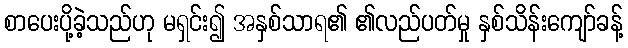
စာပေးပို့ခဲ့သည်ဟု မရှင်း၍ အနှစ်သာရ၏ ၏လည်ပတ်မှု နှစ်သိန်းကျော်ခန့်